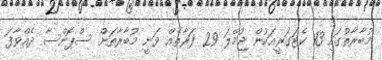
މުބާރާތުގައި 13 ކެޓަގަރީއަކުން ޖުމްލަ 29 ފަރާތެއް ވަނީ މުބާރާތަށް ސްޕޮންސާ ދެއްވާފަ